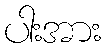
ပါးအား